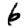
Digit: 6